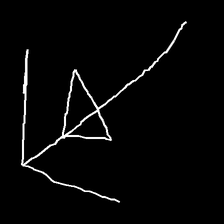
Glyph: pull